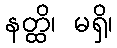
နတ္ထိ၊ မရှိ၊